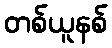
တစ်ယူနစ်